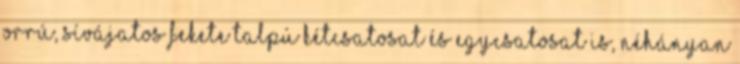
orrú, sívájatos fekete talpú kétcsatosat és egycsatosat is, néhányan